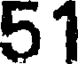
51